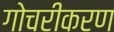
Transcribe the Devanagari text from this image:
गोचरीकरण